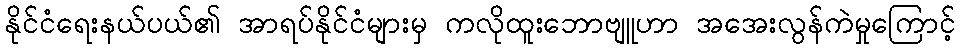
နိုင်ငံရေးနယ်ပယ်၏ အာရပ်နိုင်ငံများမှ ကလိုထူးဘောဗျူဟာ အအေးလွန်ကဲမှုကြောင့်